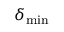
\delta _ { \mathrm { m i n } }